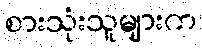
စားသုံးသူများက